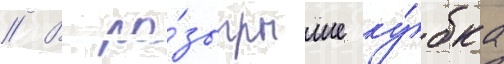
// В ро́зыгрыше ку́бка